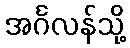
အင်္ဂလန်သို့